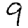
Digit: 9